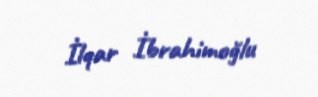
İlqar İbrahimoğlu